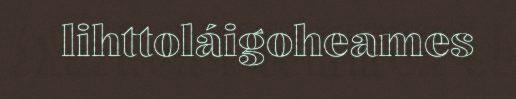
lihttoláigoheames